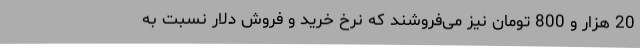
20 هزار و 800 تومان نیز می‌فروشند که نرخ خرید و فروش دلار نسبت به